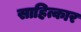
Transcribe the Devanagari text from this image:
साहित्कार